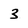
Character: 3